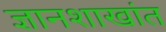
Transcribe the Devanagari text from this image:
ज्ञानशाखांत